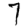
Digit: 7